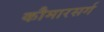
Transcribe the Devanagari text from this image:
कौमारसर्ग